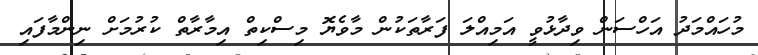
މުހައްމަދު އަހްސަން ވިދާޅުވީ އަމިއްލަ ފަރާތަކުން މާވެޔޮ މިސްކިތް އިމާރާތް ކުރުމަށް ނިންމާފައި